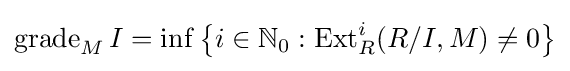
{\textrm {grade}}_{M}\,I=\inf \left\{i\in \mathbb {N} _{0}:{\textrm {Ext}}_{R}^{i}(R/I,M)\neq 0\right\}